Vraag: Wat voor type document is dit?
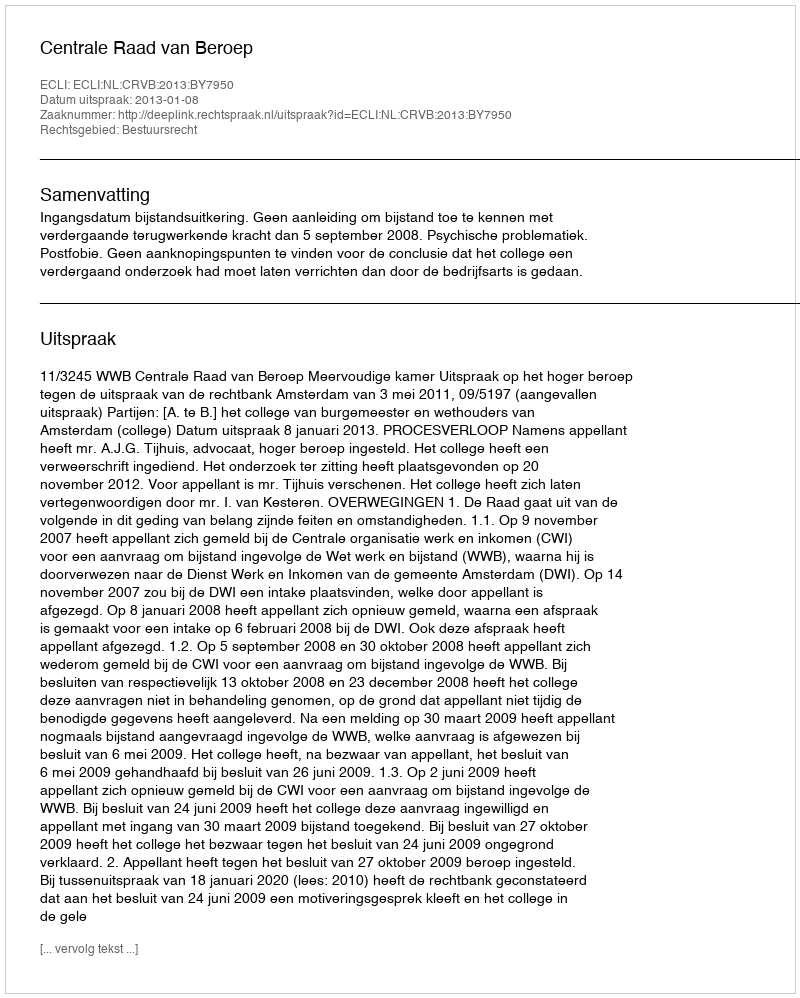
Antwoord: Uitspraak